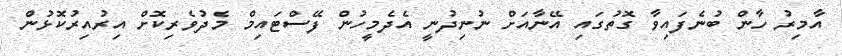
އާމިރު ހާން ބުނެފައިވާ ގޮތުގައި އޭނާއަށް ނުނިދުނީ އެދެމީހުން ފޭސްޓައިމް މެދުވެރިކޮށް އިރުއިރުކޮޅުން